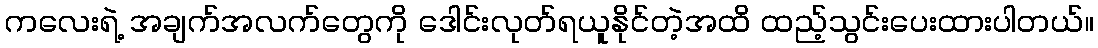
ကလေးရဲ့ အချက်အလက်တွေကို ဒေါင်းလုတ်ရယူနိုင်တဲ့အထိ ထည့်သွင်းပေးထားပါတယ်။